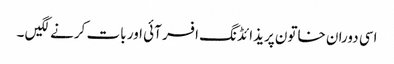
اسی دوران خاتون پریذائڈنگ افسر آئی اور بات کرنے لگیں ۔